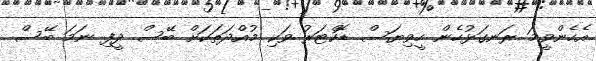
އެހެންވީމަ ރަނގަޅުހެން ހީވިޔަސް ޑޮކްޓަރު ވަކި މުއްދަތަކަށް ބޭސް ދީފި ނަމަ ބޭސް